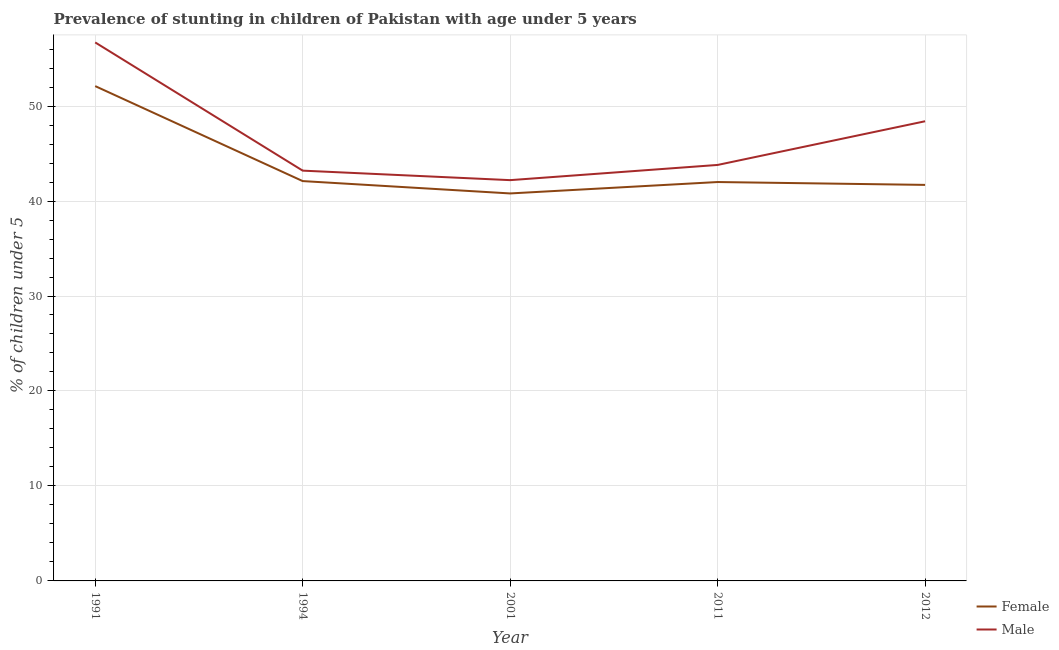
| Year | Female | Male |
 | --- | --- | --- |
 | 1991 | 52.1 | 56.7 |
 | 1994 | 42.1 | 43.2 |
 | 2001 | 40.8 | 42.2 |
 | 2011 | 42 | 43.8 |
 | 2012 | 41.7 | 48.4 |